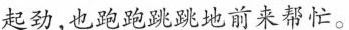
起劲，也跑跑跳跳地前来帮忙。